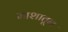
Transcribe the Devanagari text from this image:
माशातून